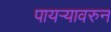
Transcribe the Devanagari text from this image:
पायऱ्यावरुन